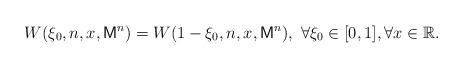
LaTeX: \begin{align*}W(\xi_0,n,x,\mathsf{M}^n)=W(1-\xi_0,n,x,\mathsf{M}^n), ~\forall \xi_0\in [0,1], \forall x\in\mathbb{R}.\end{align*}